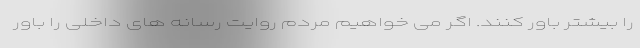
را بیشتر باور کنند. اگر می خواهیم مردم روایت رسانه های داخلی را باور